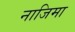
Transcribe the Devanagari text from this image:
नाजिमा